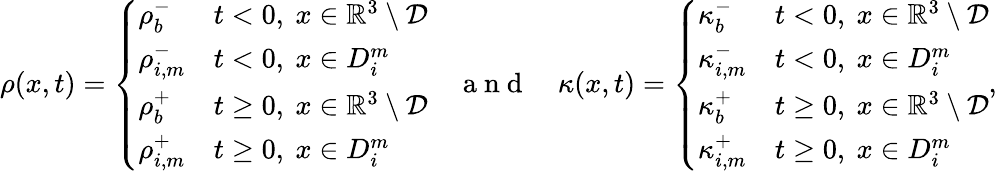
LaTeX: \begin{array}{r}{\rho(x,t)=\left\{ \begin{array}{ll}{\rho_{b}^{-}}&{t<0,~x\in\mathbb{R}^{3}\setminus\mathcal{D}}\\ {\rho_{i,m}^{-}}&{t<0,~x\in D_{i}^{m}}\\ {\rho_{b}^{+}}&{t\geq 0,~x\in\mathbb{R}^{3}\setminus\mathcal{D}}\\ {\rho_{i,m}^{+}}&{t\geq 0,~x\in D_{i}^{m}}\end{array}\right.\quad\mathrm{~a~n~d~}\quad\kappa(x,t)=\left\{ \begin{array}{ll}{\kappa_{b}^{-}}&{t<0,~x\in\mathbb{R}^{3}\setminus\mathcal{D}}\\ {\kappa_{i,m}^{-}}&{t<0,~x\in D_{i}^{m}}\\ {\kappa_{b}^{+}}&{t\geq 0,~x\in\mathbb{R}^{3}\setminus\mathcal{D}}\\ {\kappa_{i,m}^{+}}&{t\geq 0,~x\in D_{i}^{m}}\end{array}\right.,}\end{array}